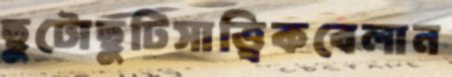
ছুটোছুটিসাত্ত্বিকবেলান